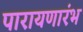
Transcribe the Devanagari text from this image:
पारायणारंभ